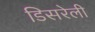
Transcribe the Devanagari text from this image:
डिसरेली